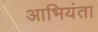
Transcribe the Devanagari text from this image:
आभियंता